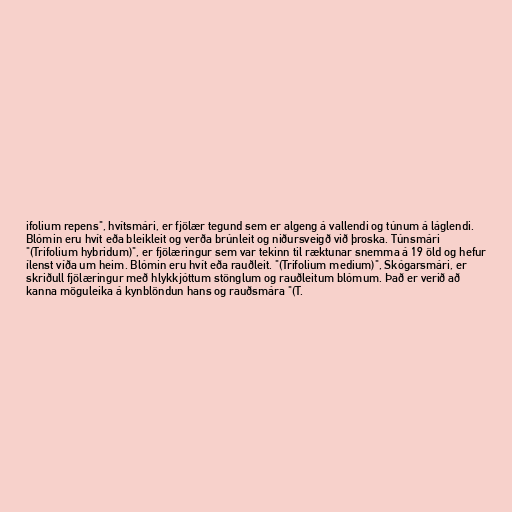
ifolium repens", hvítsmári, er fjölær tegund sem er algeng á vallendi og túnum á láglendi.
Blómin eru hvít eða bleikleit og verða brúnleit og niðursveigð við þroska. Túnsmári
"(Trifolium hybridum)", er fjölæringur sem var tekinn til ræktunar snemma á 19 öld og hefur
ílenst víða um heim. Blómin eru hvít eða rauðleit. "(Trifolium medium)", Skógarsmári, er
skriðull fjölæringur með hlykkjóttum stönglum og rauðleitum blómum. Það er verið að
kanna möguleika á kynblöndun hans og rauðsmára "(T.